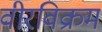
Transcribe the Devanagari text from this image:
वीरविक्रम